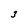
Character: 3